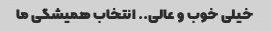
خیلی خوب و عالی.. انتخاب همیشگی ما